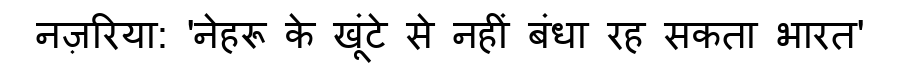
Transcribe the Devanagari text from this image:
नज़रिया: 'नेहरू के खूंटे से नहीं बंधा रह सकता भारत'